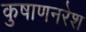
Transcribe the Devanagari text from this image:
कुषाणनरेश